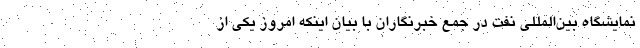
نمایشگاه بین‌المللی نفت در جمع خبرنگاران با بیان اینکه امروز یکی از